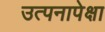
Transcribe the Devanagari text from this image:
उत्पनापेक्षा